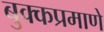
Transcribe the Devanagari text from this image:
बुक्कप्रमाणे